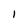
Character: 1